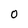
Character: 0